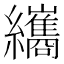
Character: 纗